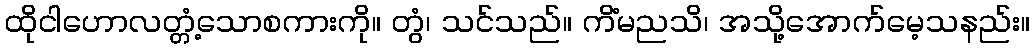
ထိုငါဟောလတ္တံ့သောစကားကို။ တွံ၊ သင်သည်။ ကိံမညသိ၊ အသို့အောက်မေ့သနည်း။